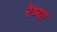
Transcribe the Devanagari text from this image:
रेष्या